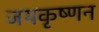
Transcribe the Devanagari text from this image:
जयकृष्णन